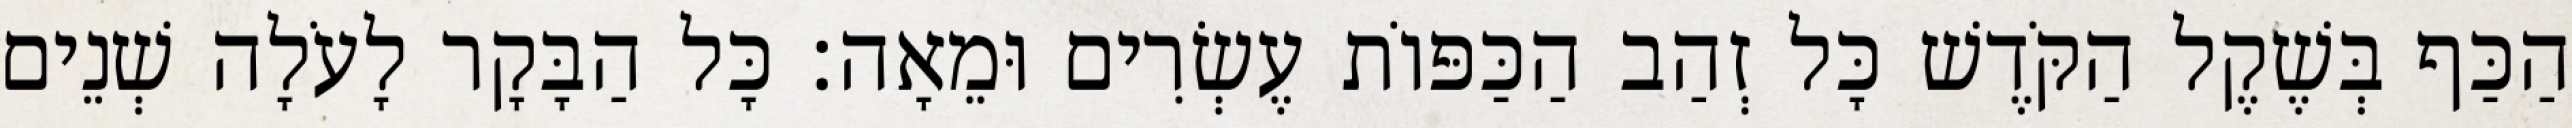
הַכַּף בְּשֶׁקֶל הַקֹּדֶשׁ כָּל זְהַב הַכַּפּוֹת עֶשְׂרִים וּמֵאָה׃ כָּל הַבָּקָר לָעֹלָה שְׁנֵים